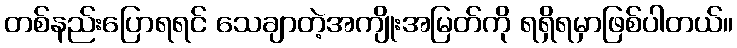
တစ်နည်းပြောရရင် သေချာတဲ့အကျိုးအမြတ်ကို ရရှိရမှာဖြစ်ပါတယ်။